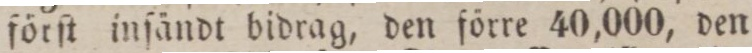
förſt inſändt bidrag, den förre 40,000, den